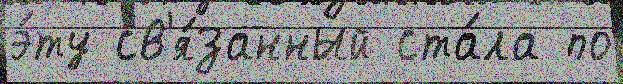
э́ту св'я́занный ста́ла по